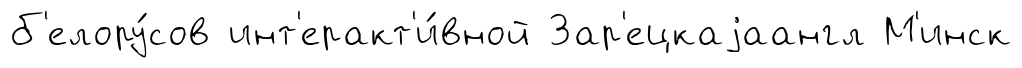
б'елору́сов инт'еракт'и́вной Зар'ецкаjаангл М'инск